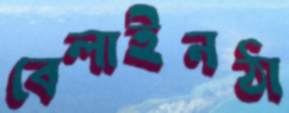
বেলাইনঠা